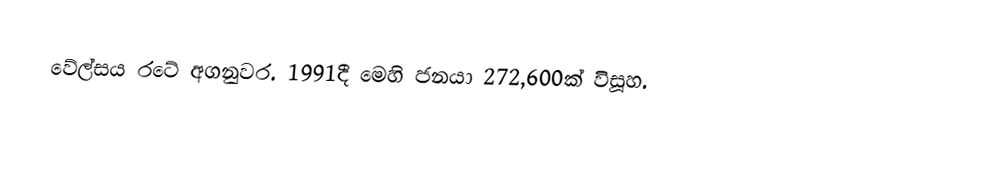
වේල්සය රටේ අගනුවර. 1991දී මෙහි ජනයා 272,600ක් විසූහ.